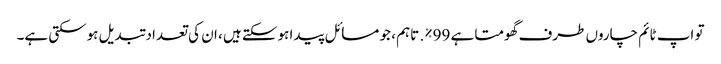
تو اپ ٹائم چاروں طرف گھومتا ہے 99٪. تاہم ، جو مسائل پیدا ہوسکتے ہیں ، ان کی تعداد تبدیل ہوسکتی ہے۔